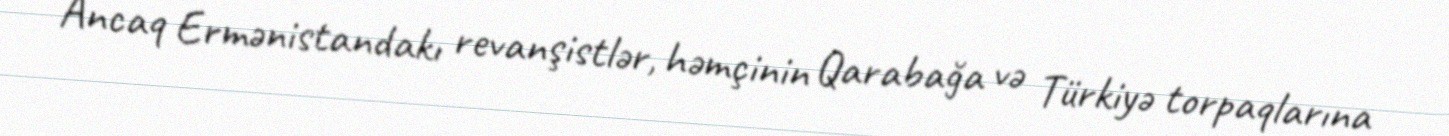
Ancaq Ermənistandakı revanşistlər, həmçinin Qarabağa və Türkiyə torpaqlarına